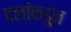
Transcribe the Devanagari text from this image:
दलांकडून